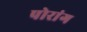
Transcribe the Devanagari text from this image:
पोरांग